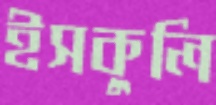
ইসকুলি